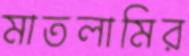
মাতলামির